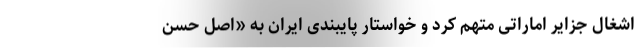
اشغال جزایر اماراتی متهم کرد و خواستار پایبندی ایران به «اصل حسن‌